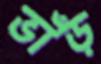
ভাঁড়